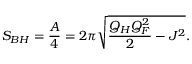
S _ { B H } = { \frac { A } { 4 } } = 2 \pi \sqrt { { \frac { Q _ { H } Q _ { F } ^ { 2 } } { 2 } } - J ^ { 2 } } .